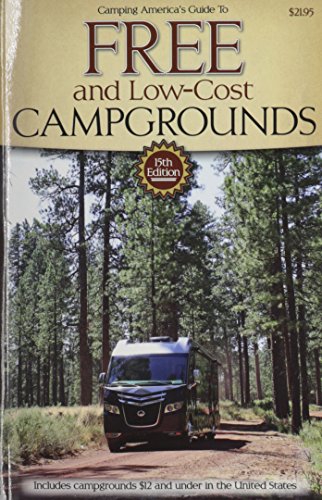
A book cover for Guide to Free Campgrounds: Includes Campgrounds $12 and Under in the United States (Don Wright's Guide to Free Campgrounds); Don Wright; Sports & Outdoors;